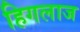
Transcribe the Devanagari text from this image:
हिगलाज